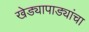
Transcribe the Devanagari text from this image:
खेड्यापाड्यांचा